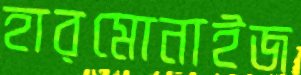
হারমোনাইজ